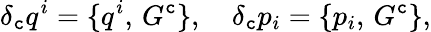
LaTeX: \delta_{\mathtt{c}}q^{i}=\{ q^{i},\, G^{\mathtt{c}}\} ,\quad\delta_{\mathtt{c}}p_{i}=\{ p_{i},\, G^{\mathtt{c}}\} ,